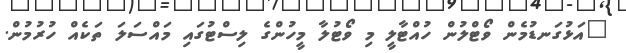
"އަޅުގަނޑުމެން ވޯޓްލުން ހުއްޓާލީ މި ވޯޓުލާ މީހުންގެ ލިސްޓުގައި މައްސަލަ ތަކެއް ހުރުމުން.